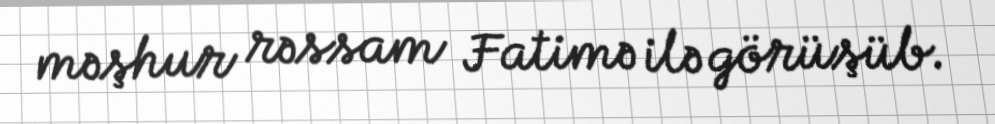
məşhur rəssam Fatimə ilə görüşüb.